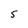
Character: 5